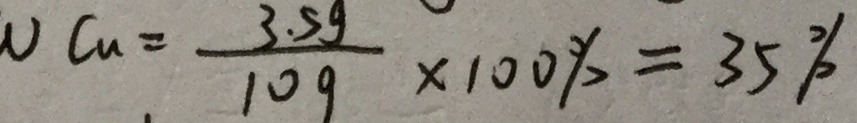
v C u = \frac { 3 . 5 g } { 1 0 g } \times 1 0 0 \% = 3 5 \%